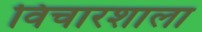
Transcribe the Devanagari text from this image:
विचारशाला